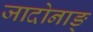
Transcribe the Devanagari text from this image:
जादोनाङ्